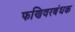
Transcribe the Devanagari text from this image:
फणिवरबंधक